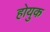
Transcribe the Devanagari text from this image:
होयुक